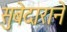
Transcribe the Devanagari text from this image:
सुबेदाराने